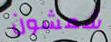
شمشون